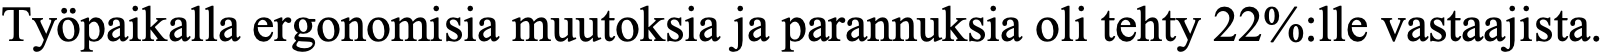
Työpaikalla ergonomisia muutoksia ja parannuksia oli tehty 22%:lle vastaajista.